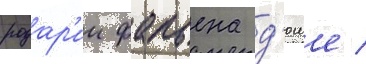
розар'ии фабьена д'юше /